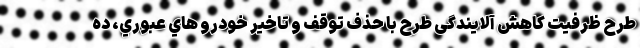
طرح ظرفیت کاهش آلایندگی طرح با حذف توقف و تاخير خودرو هاي عبوري، ده